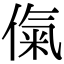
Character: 㑶